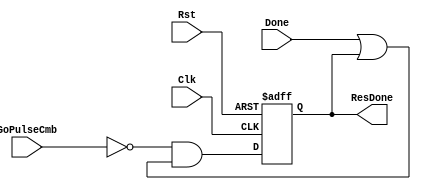
`timescale 1ns / 1ps
//////////////////////////////////////////////////////////////////////////////////
// Company: 
// Engineer: 
// 
// Design Name: 
// Module Name: fact_res_done_reg
// Project Name: 
// Target Devices: 
// Tool Versions: 
// Description: 
// 
// Dependencies: 
// 
// Revision:
// Revision 0.01 - File Created
// Additional Comments:
// 
//////////////////////////////////////////////////////////////////////////////////


module fact_res_done_reg(
    input Clk, Rst, GoPulseCmb, Done,
    output reg ResDone
    );
    
    always @ (posedge Clk, posedge Rst) begin
    if (Rst)
        ResDone <= 1'b0;
    else
        ResDone <= (~GoPulseCmb) & (Done | ResDone);
    end
endmodule